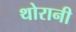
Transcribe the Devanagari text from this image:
थोरानी